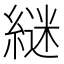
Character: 𮈵